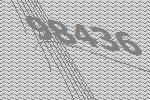
98436